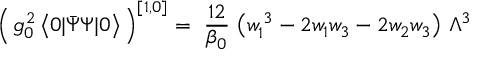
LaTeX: \Big ( \, g _ { 0 } ^ { 2 } \, \big < 0 | \bar { \Psi } \Psi | 0 \big > \, \Big ) ^ { [ 1 , 0 ] } = \ \frac { 1 2 } { \beta _ { 0 } } \ \big ( w _ { 1 } ^ { \, 3 } - 2 w _ { 1 } w _ { 3 } - 2 w _ { 2 } w _ { 3 } \big ) \ \Lambda ^ { 3 }